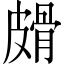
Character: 𰤱